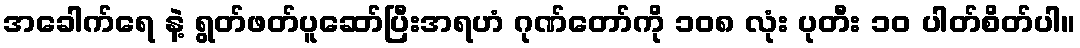
အခေါက်ရေ နဲ့ ရွတ်ဖတ်ပူဆော်ပြီးအရဟံ ဂုဏ်တော်ကို ၁၀၈ လုံး ပုတီး ၁၀ ပါတ်စိတ်ပါ။